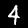
Label: 4